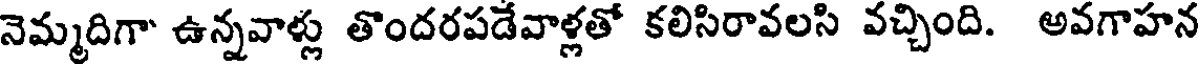
నెమ్మదిగా ఉన్నవాళ్లు తొందరపడేవాళ్లతో కలిసిరావలసి వచ్చింది. అవగాహన